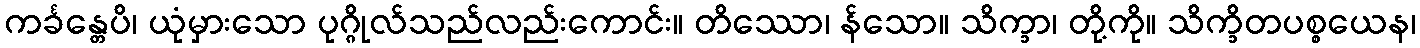
ကင်္ခန္တေပိ၊ ယုံမှားသော ပုဂ္ဂိုလ်သည်လည်းကောင်း။ တိဿော၊ န်သော။ သိက္ခာ၊ တို့ကို။ သိက္ခိတပစ္စယေန၊